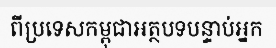
ពីប្រទេសកម្ពុជាអត្ថបទបន្ទាប់អ្នក